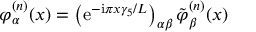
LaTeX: \varphi _ { \alpha } ^ { ( n ) } ( x ) = \left( \mathrm { e } ^ { - \mathrm { i } \pi x \gamma _ { 5 } / L } \right) _ { \alpha \beta } \tilde { \varphi } _ { \beta } ^ { ( n ) } ( x )